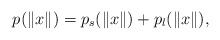
LaTeX: \begin{align*}p(\|x\|)=p_s(\|x\|) + p_l(\|x\|),\end{align*}